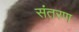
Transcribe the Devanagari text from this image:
संतरण